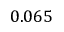
0 . 0 6 5